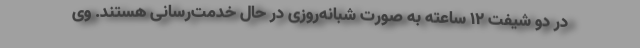
در دو شیفت ۱۲ ساعته به صورت شبانه‌روزی در حال خدمت‌رسانی هستند. وی